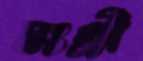
মংগ্রী